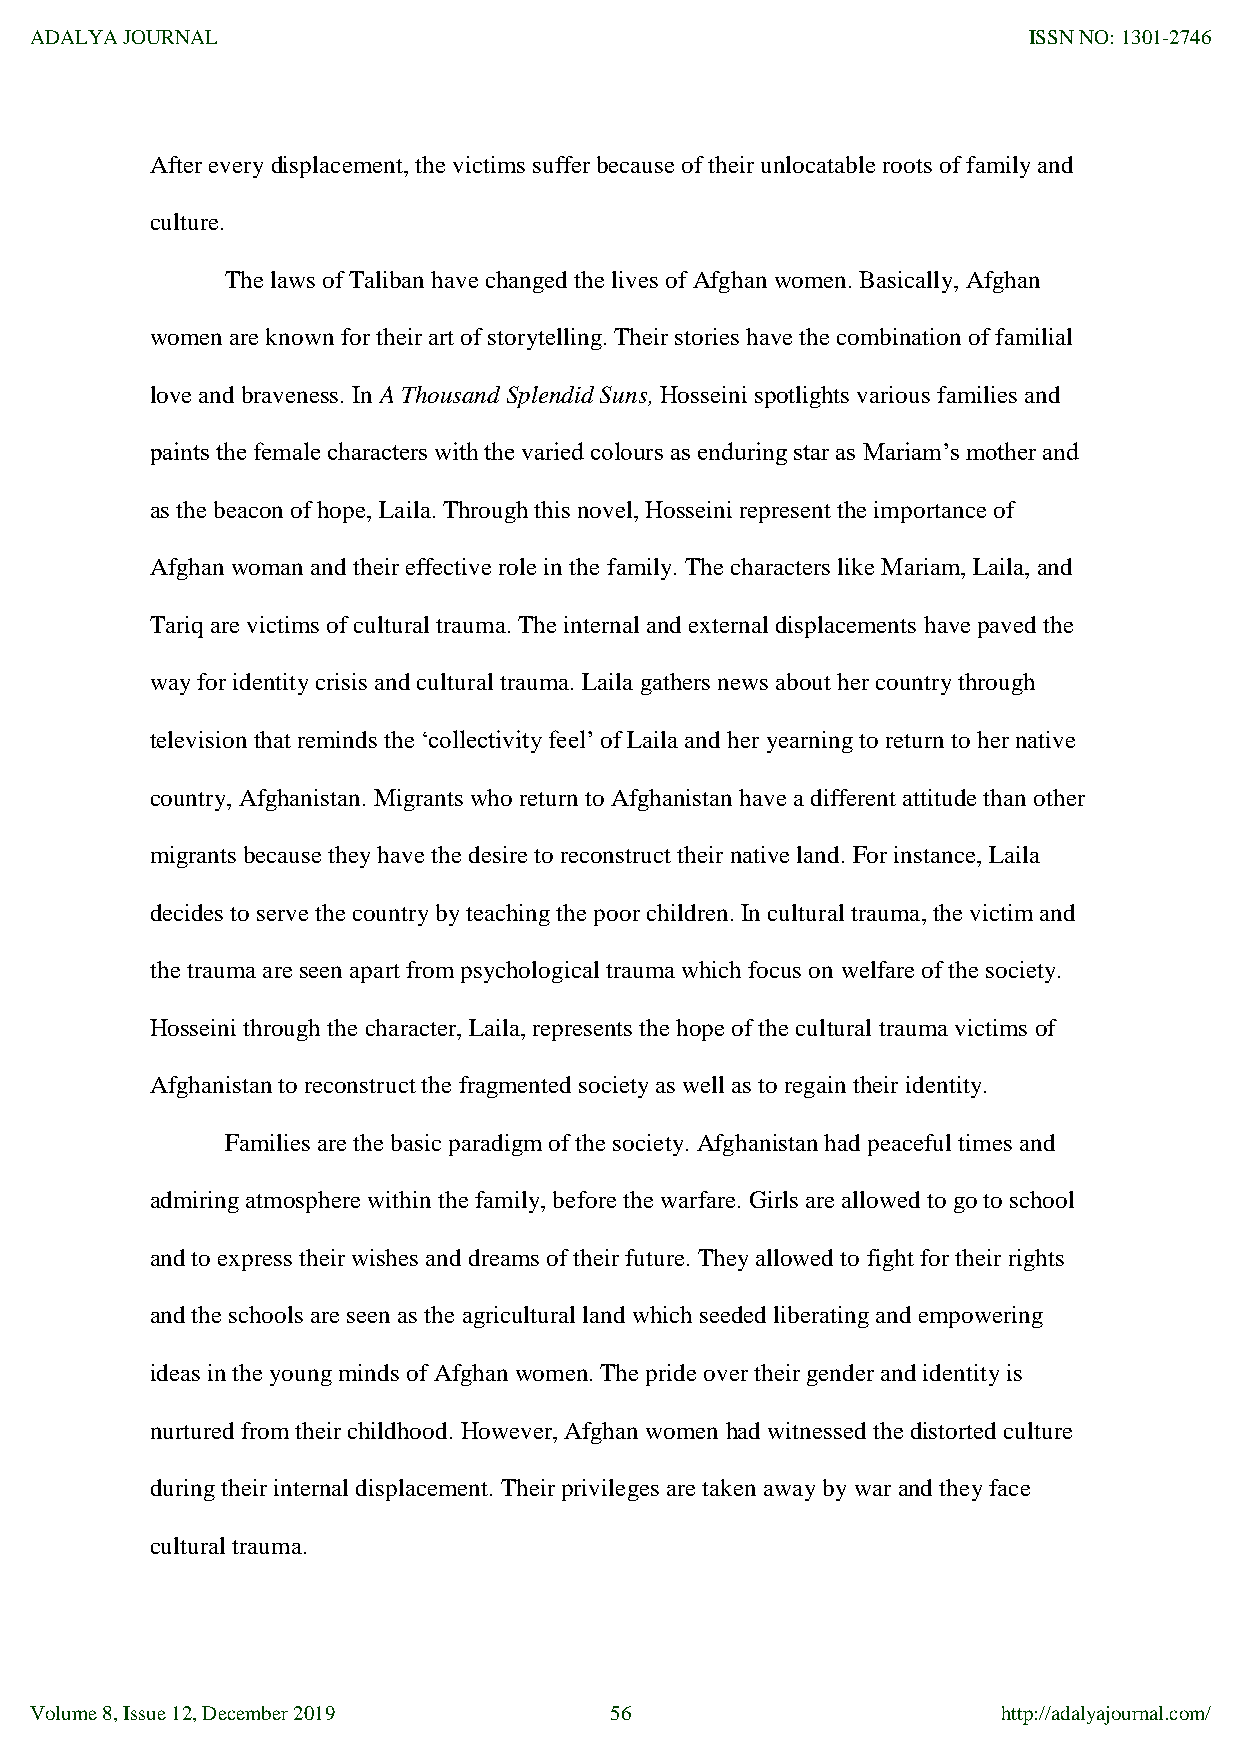
ADALYA JOURNAL                                                    ISSN NO: 1301-2746
 After every displacement, the victims suffer because of their unlocatable roots of family and
 culture.
 The laws of Taliban have changed the lives of Afghan women. Basically, Afghan
 women are known for their art of storytelling. Their stories have the combination of familial
 love and braveness. In A Thousand Splendid Suns, Hosseini spotlights various families and
 paints the female characters with the varied colours as enduring star as Mariam‟s mother and
 as the beacon of hope, Laila. Through this novel, Hosseini represent the importance of
 Afghan woman and their effective role in the family. The characters like Mariam, Laila, and
 Tariq are victims of cultural trauma. The internal and external displacements have paved the
 way for identity crisis and cultural trauma. Laila gathers news about her country through
 television that reminds the „collectivity feel‟ of Laila and her yearning to return to her native
 country, Afghanistan. Migrants who return to Afghanistan have a different attitude than other
 migrants because they have the desire to reconstruct their native land. For instance, Laila
 decides to serve the country by teaching the poor children. In cultural trauma, the victim and
 the trauma are seen apart from psychological trauma which focus on welfare of the society.
 Hosseini through the character, Laila, represents the hope of the cultural trauma victims of
 Afghanistan to reconstruct the fragmented society as well as to regain their identity.
 Families are the basic paradigm of the society. Afghanistan had peaceful times and
 admiring atmosphere within the family, before the warfare. Girls are allowed to go to school
 and to express their wishes and dreams of their future. They allowed to fight for their rights
 and the schools are seen as the agricultural land which seeded liberating and empowering
 ideas in the young minds of Afghan women. The pride over their gender and identity is
 nurtured from their childhood. However, Afghan women had witnessed the distorted culture
 during their internal displacement. Their privileges are taken away by war and they face
 cultural trauma.
 Volume 8, Issue 12, December 2019     56                        http://adalyajournal.com/